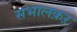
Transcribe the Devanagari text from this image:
सभालक़ऱ